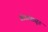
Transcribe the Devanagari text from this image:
स्रोतांपासून